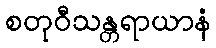
စတုဝီသန္တရာယာနံ